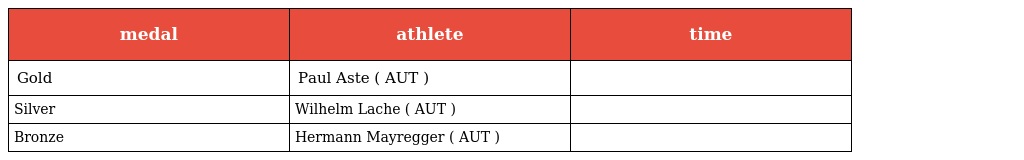
| medal | athlete | time |
 | --- | --- | --- |
 | Gold | Paul Aste ( AUT ) |  |
 | Silver | Wilhelm Lache ( AUT ) |  |
 | Bronze | Hermann Mayregger ( AUT ) |  |